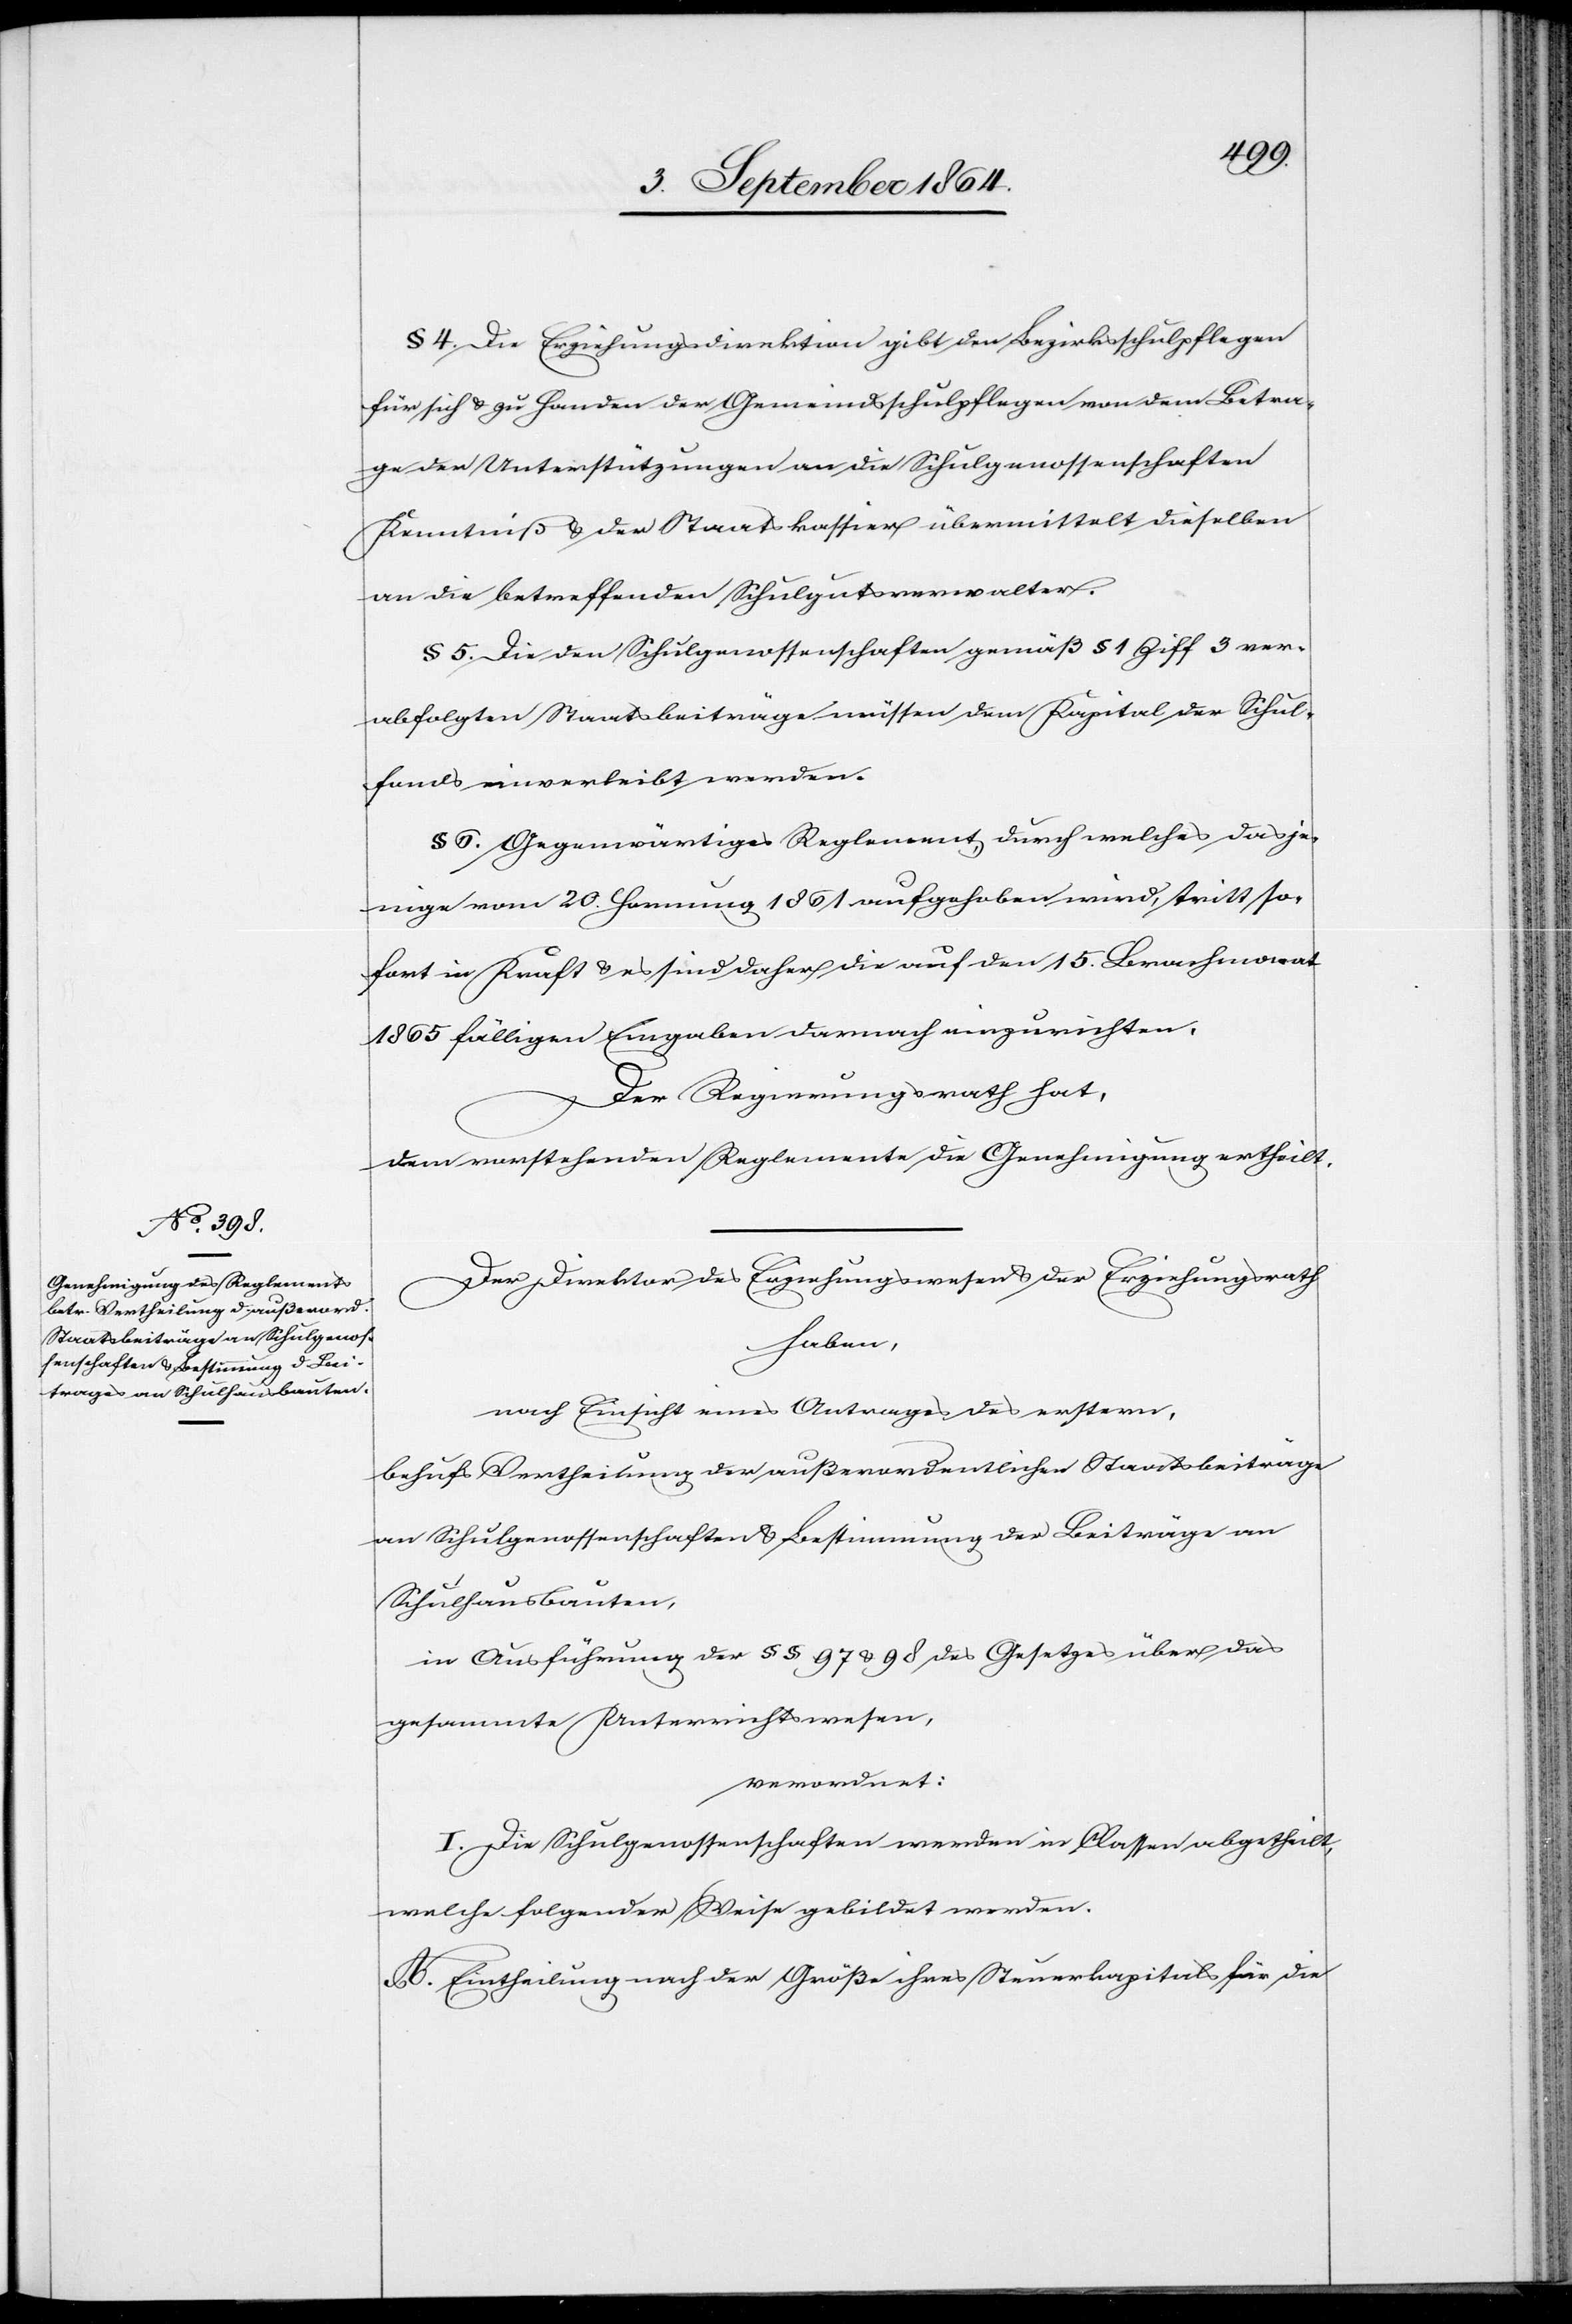
§ 4. Die Erziehungsdirektion gibt den Bezirksschulpflegen
für sich & zu Handen der Gemeindsschulpflegen von dem Betra¬
ge der Unterstützungen an die Schulgenossenschaften
Kenntniß & der Staatskassier übermittelt dieselben
an die betreffenden Schulgutsverwalter.
§ 5. Die den Schulgenossenschaften gemäß § 1 Ziff 3 ver¬
abfolgten Staatsbeiträge müssen dem Kapital der Schul¬
fonds einverleibt werden.
§ 6. Gegenwärtiges Reglement, durch welches dasje¬
nige vom 20. Hornung 1861 aufgehoben wird, tritt so¬
fort in Kraft & es sind daher die auf den 15. Brachmonat
1865 fälligen Eingaben darnach einzurichten.
Der Regierungsrath hat,
dem vorstehenden Reglemente die Genehmigung ertheilt.
Der Direktor des Erziehungswesens & der Erziehungsrath
haben,
nach Einsicht eines Antrages des erstern
behufs Vertheilung der außerordentlichen Staatsbeiträge
an Schulgenossenschaften & Bestimmung der Beiträge an
Schulhausbauten,
in Ausführung der §§ 97 & 98 des Gesetzes über das
gesammte Unterrichtswesen,
verordnet:
I. Die Schulgenossenschaften werden in Classen abgetheilt,
welche folgender Weise gebildet werden.
A. Eintheilung nach der Größe ihres Steuerkapitals für die